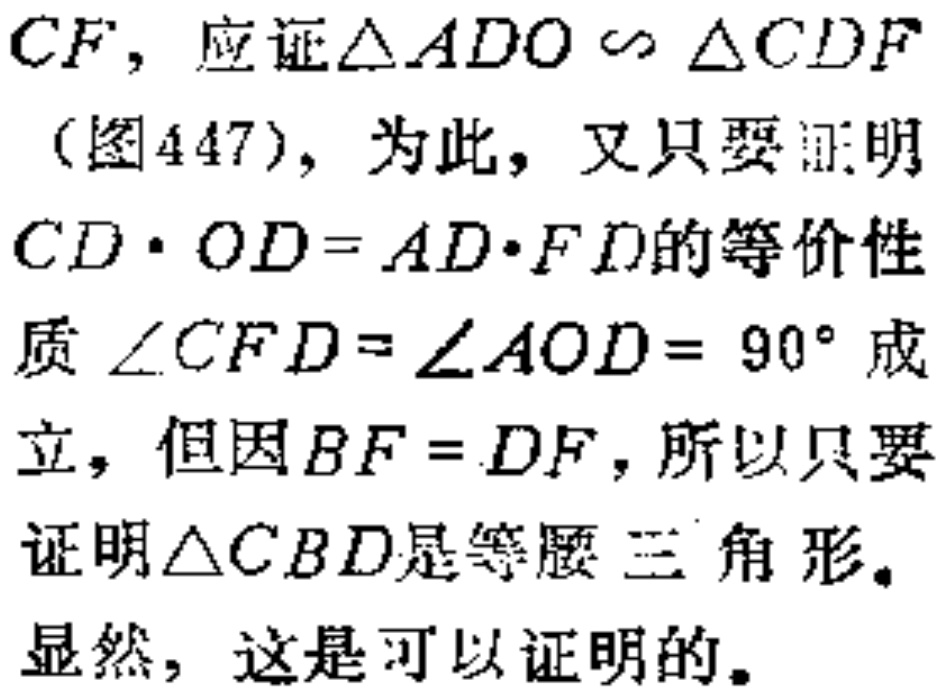
CF，应证$\triangle ADO\sim\triangle CDF$（图447），为此，又只要证明$CD\cdot OD = AD\cdot FD$的等价性质$\angle CFD=\angle AOD = 90^{\circ}$成立，但因$BF = DF$，所以只要证明$\triangle CBD$是等腰三角形。
显然，这是可以证明的。